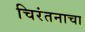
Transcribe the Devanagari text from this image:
चिरंतनाचा